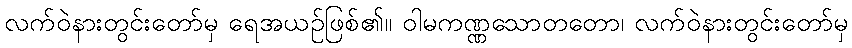
လက်ဝဲနားတွင်းတော်မှ ရေအယဉ်ဖြစ်၏။ ဝါမကဏ္ဏသောတတော၊ လက်ဝဲနားတွင်းတော်မှ